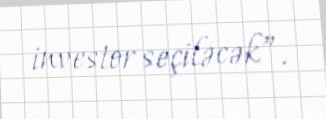
investor seçiləcək”.